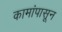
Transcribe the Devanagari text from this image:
कामांपासून